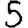
Digit: 5